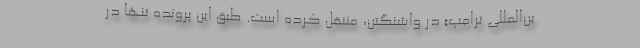
ین‌المللی ترامپ» در واشنگتن، منتقل کرده است. طبق این پرونده تنها در